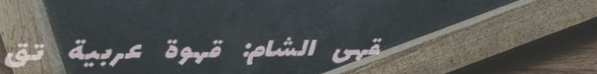
مقهى الشام: قهوة عربية تق